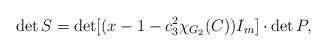
LaTeX: \begin{align*}\det S=\det[(x-1-c_3^2\chi_{G_2}(C))I_m] \cdot\det P,\end{align*}